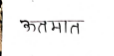
मजकूर: ऊतमात